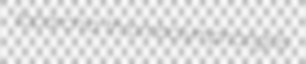
toparchia thrombolymphangitis